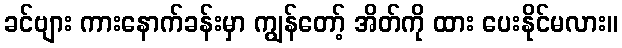
ခင်ဗျား ကားနောက်ခန်းမှာ ကျွန်တော့် အိတ်ကို ထား ပေးနိုင်မလား။